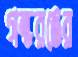
গন্ধরঙের